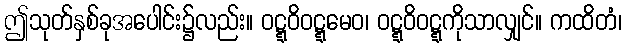
ဤသုတ်နှစ်ခုအပေါင်း၌လည်း။ ဝဋ္ဋဝိဝဋ္ဋမေဝ၊ ဝဋ္ဋဝိဝဋ္ဋကိုသာလျှင်။ ကထိတံ၊